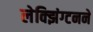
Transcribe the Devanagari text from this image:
लेक्झिंग्टनने